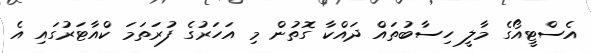
އެސްޓީއޯގެ މާލީ ހިސާބުތައް ދައްކާ ގޮތުން މި އަހަރުގެ ފުރަތަމަ ކްއާޓަރުގައި އެ